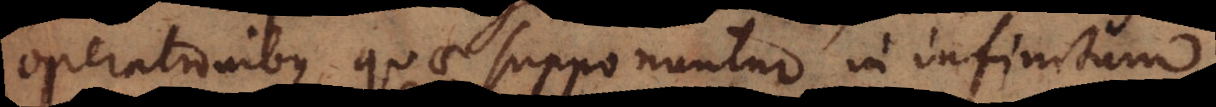
operationibus quae supponuntur in infinitum